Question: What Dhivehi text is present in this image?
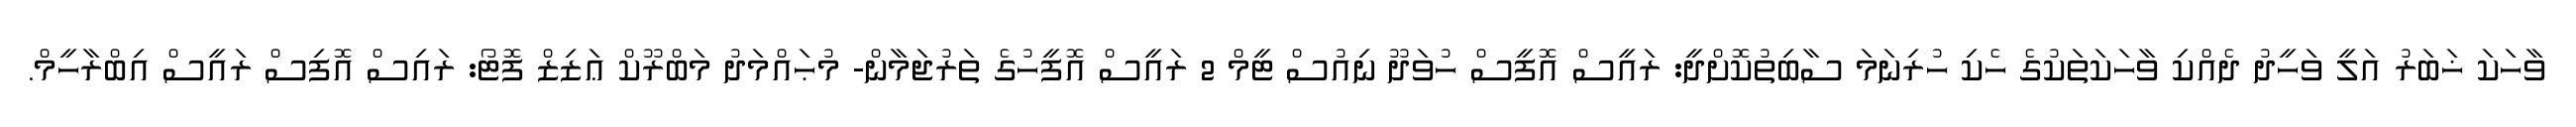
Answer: ވާހަކަ ޚަބަރު އަލީ ވަހީދު ދެއްކި ވާހަކަތަކުގެ ހެކި ހުރިނަމަ ސާބިތުކޮށްދީ: ރައީސް އޮފީސް ހުވަދޫ ނިއުސް ޓީމް 2 ރައީސް އޮފީހުގެ ތަރުޖަމާން- މުޙައްމަދު މަބްރޫކް ޢަޒިޒް ފޮޓޯ: ރައިސް އޮފިސް ރައީސް އިބްރާހީމް.